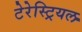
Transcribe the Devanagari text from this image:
टेरेस्‍ट्रियल